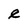
Character: e